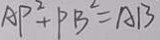
A P ^ { 2 } + P B ^ { 2 } = A B